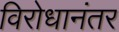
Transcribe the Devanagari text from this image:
विरोधानंतर